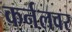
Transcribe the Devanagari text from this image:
कर्नलवर